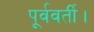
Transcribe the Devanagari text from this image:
पूर्ववर्ती।